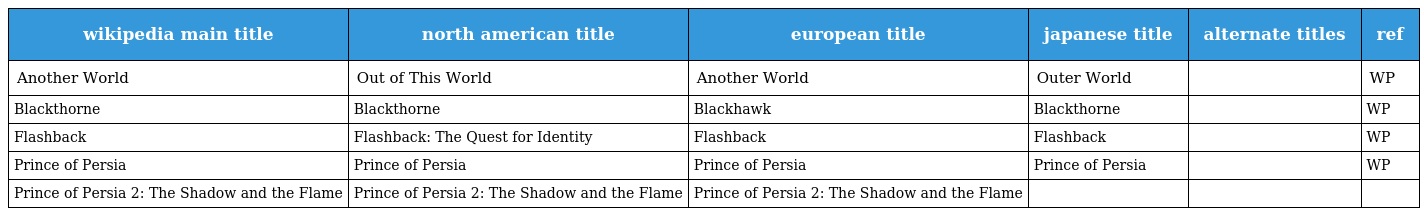
| wikipedia main title | north american title | european title | japanese title | alternate titles | ref |
 | --- | --- | --- | --- | --- | --- |
 | Another World | Out of This World | Another World | Outer World |  | WP |
 | Blackthorne | Blackthorne | Blackhawk | Blackthorne |  | WP |
 | Flashback | Flashback: The Quest for Identity | Flashback | Flashback |  | WP |
 | Prince of Persia | Prince of Persia | Prince of Persia | Prince of Persia |  | WP |
 | Prince of Persia 2: The Shadow and the Flame | Prince of Persia 2: The Shadow and the Flame | Prince of Persia 2: The Shadow and the Flame |  |  |  |